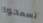
تسمحوا